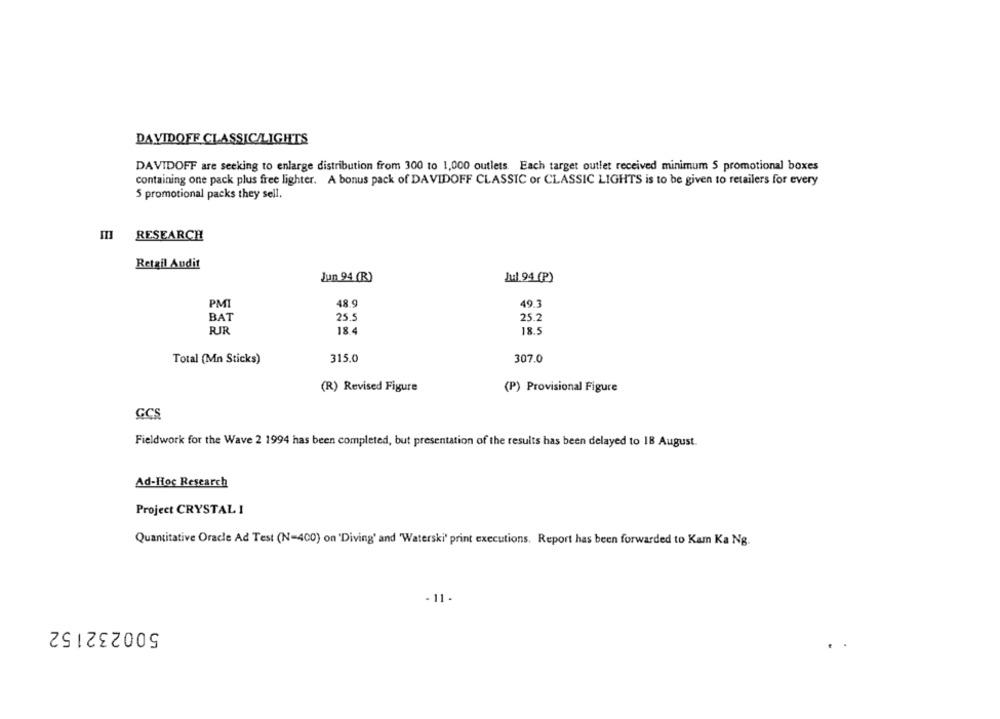
DAVIDOFF CLASSIC/LIGHTS
DAVIDOFF are seeking to enlarge distribution from 300 to 1,000 outlets. Each target outlet received minimum 5 promotional boxes
containing one pack plus free lighter. A bonus pack of DAVIDOFF CLASSIC or CLASSIC LIGHTS is to be given to retailers for every
5 promotional packs they sell.
RESEARCH
Retail Audit
Jun 94 (R)
Jul 94 (P)
PMI
48.9
49.3
BAT
25.2
25.5
RIR
18.4
18.5
315.0
307.0
Total (Mn Sticks)
(R) Revised Figure
(P) Provisional Figure
GCS
Fieldwork for the Wave 2 1994 has been completed, but presentation of the results has been delayed to 18 August.
Ad-Hoc Research
Project CRYSTAL I
Quantitative Oracle Ad Test (N=400) on 'Diving' and 'Waterski' print executions. Report has been forwarded to Kam Ka Ng.
- 11-
500232152